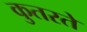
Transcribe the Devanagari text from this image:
कुतरते